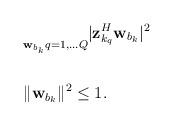
LaTeX: \begin{align*}\begin{aligned}& \underset{\mathbf{w}_{b_k}}{} \underset{q = 1, \ldots Q}{} |\mathbf{z}_{k_q}^H\mathbf{w}_{b_k}|^2 \\& \\&\|\mathbf{w}_{b_k}\|^2 \leq 1. \\\end{aligned}\end{align*}